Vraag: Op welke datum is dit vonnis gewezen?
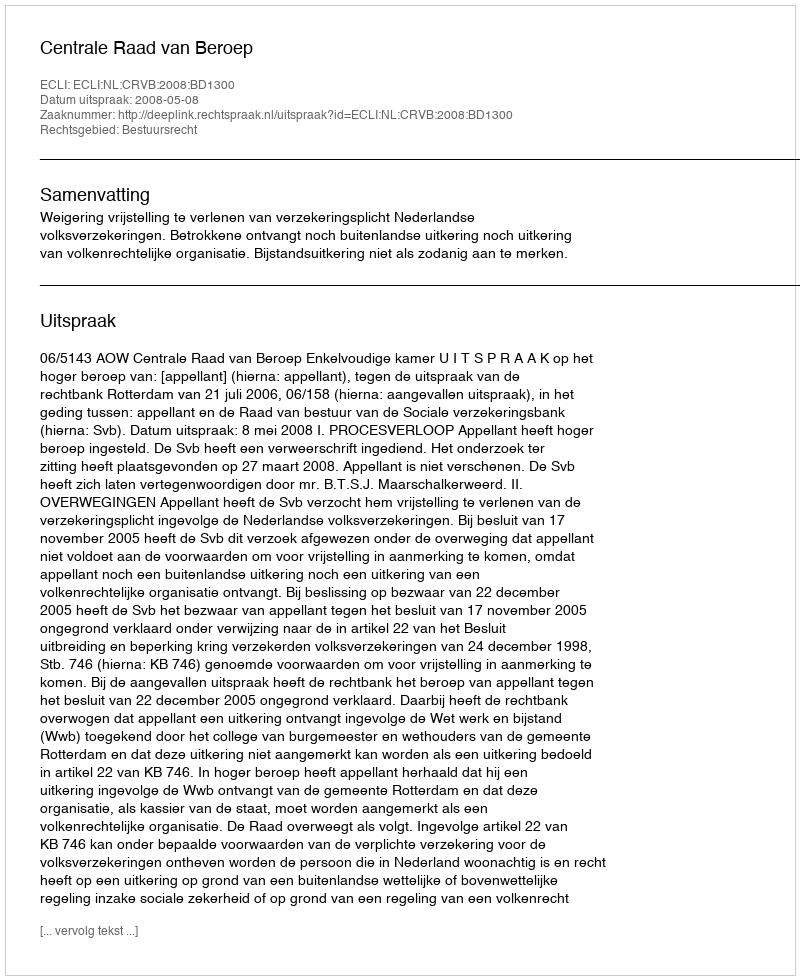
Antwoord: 2008-05-08